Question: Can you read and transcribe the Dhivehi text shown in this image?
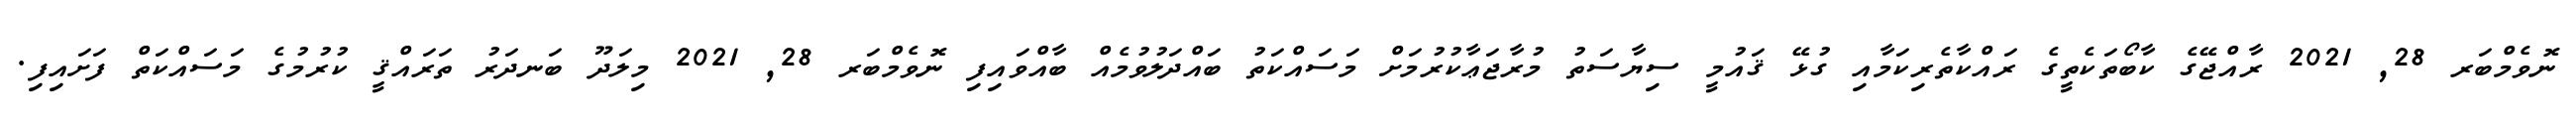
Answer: ނޮވެމްބަރ 28, 2021 ރާއްޖޭގެ ކާބޯތަކެތީގެ ރައްކާތެރިކަމާއި ގުޅޭ ޤައުމީ ސިޔާސަތު މުރާޖަޢާކުރުމަށް މަސައްކަތު ބައްދަލުވުމެއް ބާއްވައިފި ނޮވެމްބަރ 28, 2021 މިލަދޫ ބަނދަރު ތަރައްޤީ ކުރުމުގެ މަސައްކަތް ފަށައިފި.